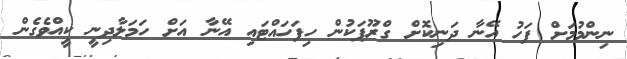
ނިންމުމަށް ފަހު އޭނާ ދަނިކޮށް ގްރޫޕަކުން ހިފަހައްޓައި އޭނާ އަށް ހަމަލާދިނީ ކީއްވެގެން